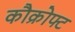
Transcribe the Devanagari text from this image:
कौक्रोफ्ट